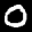
Label: 0